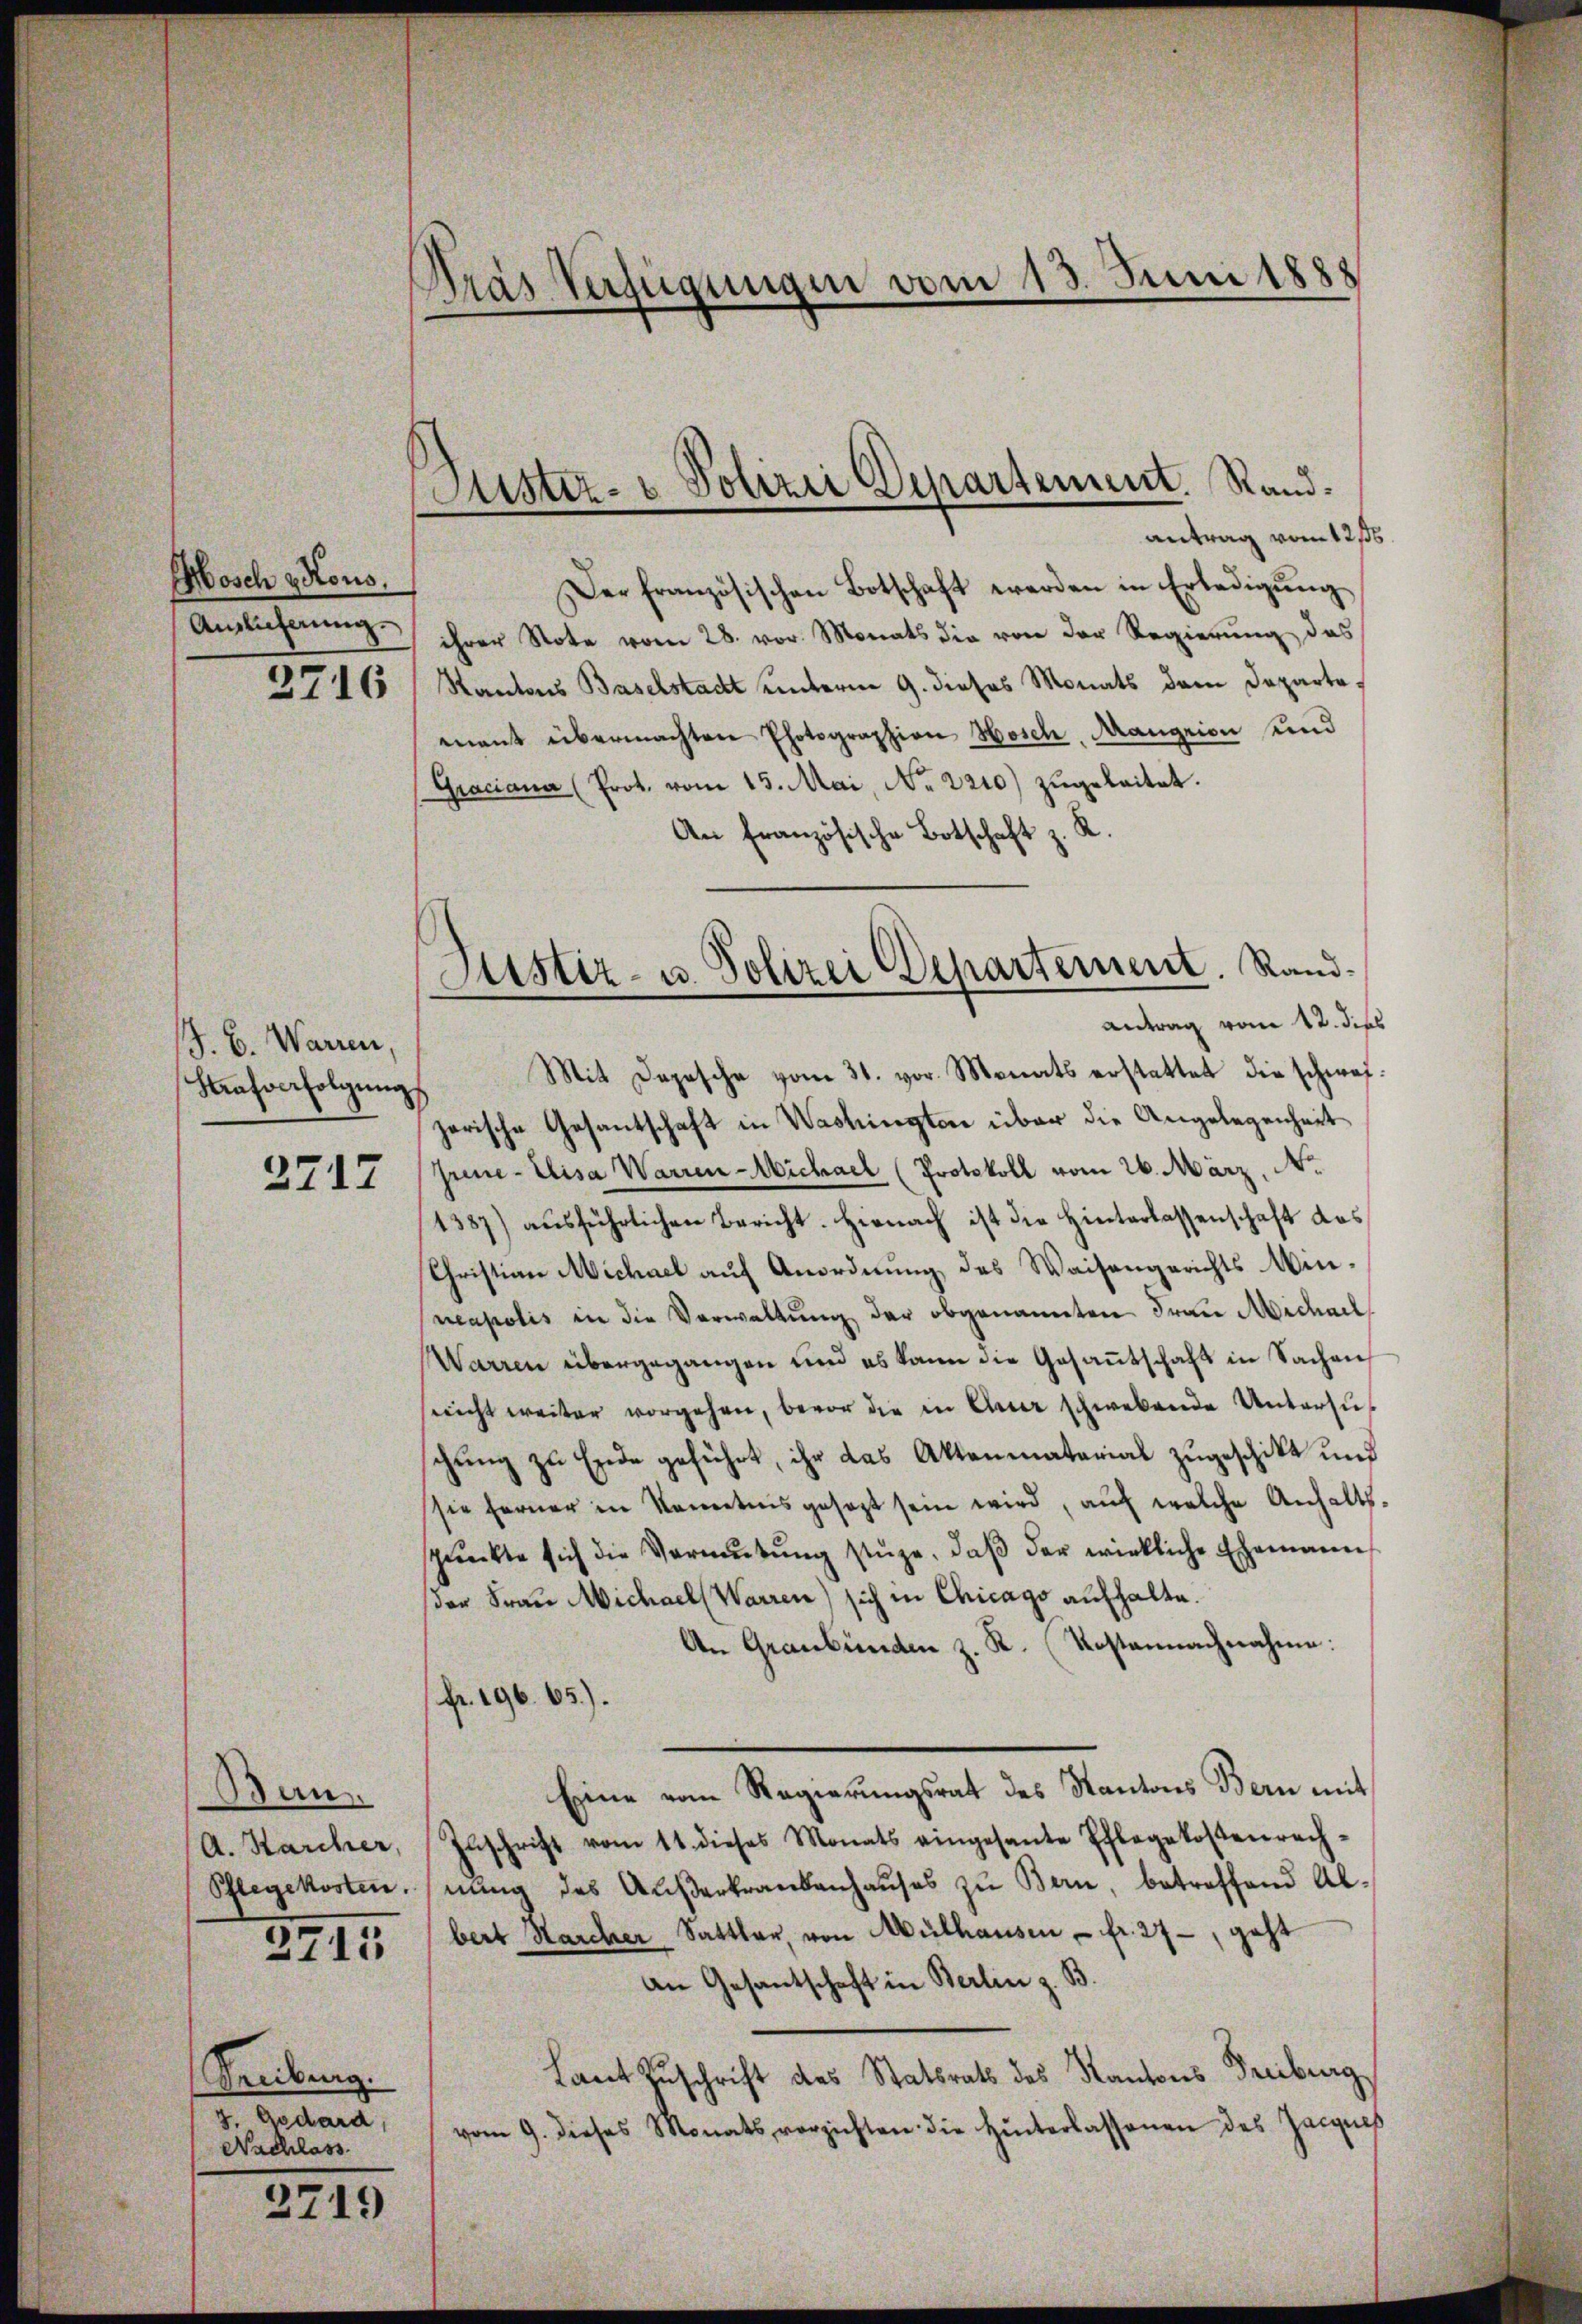
Mosch Kons.
Auslicherung.
3716

J. B. Warren,
Kaŭfverfolgŭng

2717

Ban
A. Karcher,
Pflegekosten.

2715

Freibung.
g. Godard,
Nachlass

2719

Dras Verfügungen vom 13. Juni 1888

Justiz- & Polizei Departement. Randantrag vom 12/6.

Justiz- u. Polizei Departement. Randantrag vom 12. dies

Der französischen Botschaft werden in Erledigung
ihrer Note vom 28. vor. Monats die von der Regierŭng das
Kantons Baselstadt unterm 9. dieses Monats dem Departemant übermachten Photographion Hosch, Mangrion und
Graciana (Prot. vom 15. Mai, No. 2210) zugeleitet.
An Französische Botschaft z. R.
Mit Depesche vom 31. vor. Monats erstattet die schweizerische Gesantschaft in Washingten über die Angelegenheit
June-Elisa Warren-Wichael (Protokoll vom 26. März, No.
1387) aŭsführlichen Bericht. Hienach ist die Hinterlassenschaft das
Christian Michael auf Anordnung des Waisengerichts Mineapolis in die Verwaltung der obgenannten Frau Michael
Warren übergegangen und es kann die Gesantschaft in Sachen
sricht weiter vorgehen, bevor die in Auer schwebende Untersuchung zu Ende geführt, ihr das Aktenmaterial zugeschikt und
sie ferner in Kenntnis gesezt sein wird, auf welche Anhalts-
spunkte sich die Vormŭtŭng stütze, daβ der wirkliche Ehemann
der Frau Michael (Warren sich in Chicago aufhalte.
An Graubünden z. R. Kostennachnahme:
(fr. 196. 65).
Eine vom Regierungsrat des Kantons Bern mit
Zuschrift vom 11. dieses Monats eingesante Pflegekostenrech-
nŭng des Aŭβerkrankenhaŭses zu Bern, betreffend Abbert Marcher Sattler, von Mülhausen - fr. 27, geht
an Gesantschaft in Berlin z. B.
Laut Zuschrift des Statsrath des Kantons Freiburg
vom 9. dieses Monats vorzichten die Hinterlassenen des Zeignis